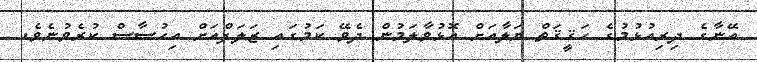
އޭނާގެ ދިރިއުޅުމުގެ ހަޤީޤަތް ޔަލާއަށް އޮޅުވާލަމުން ދެވޭ ކަމުގައި ޒަލަފްއަށް އިހުސާސް ކުރެވުނެވެ.